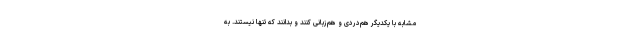
مشابه با یکدیگر هم‌دردی و هم‌زبانی کنند و بدانند که تنها نیستند. به